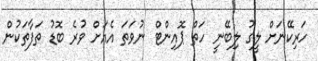
ހަރިކޭނަށް ލީގު ލިބޭނީ ހަތް ޕޮއިންޓް ނުވަތަ އެއަށް ވުރެ ބޮޑު ތަފާތަކުން